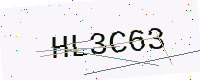
Text: HL3C63